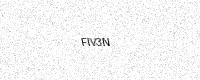
Text: FIV3N